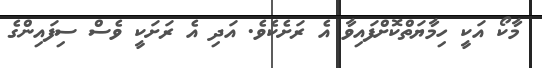
މާކޯ އަކީ ހިމާޔަތްކޮށްފައިވާ އެ ރަށެކެވެ. އަދި އެ ރަށަކީ ވެސް ސިފައިންގެ